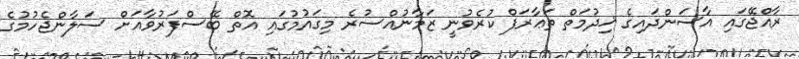
ރާއްޖޭގައި އާސަންދައިގެ ޚިދުމަތް ތަޢާރަފް ކުރެވުނީ ޒަމާނުއްސުރެ މިގައުމުގައި އޮތް ބޭސްފަރުވާއަށް ސަލާންޖެހުމުގެ